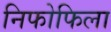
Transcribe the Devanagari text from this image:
निफोफिला